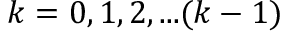
k = 0 , 1 , 2 , . . . ( k - 1 )